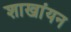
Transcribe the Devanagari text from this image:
शाखांयन